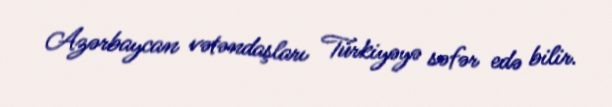
Azərbaycan vətəndaşları Türkiyəyə səfər edə bilir.